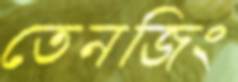
তেনজিং